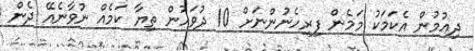
ދިއުމުން އެކަމަކު މަމެން ފިރިހެނުންނަށް 10 ދުވަހުން ތިޔާ ކަމެއް ނުވާނެއޭ ދެން